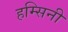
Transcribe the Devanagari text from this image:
हम्सिनी